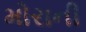
મોરાની